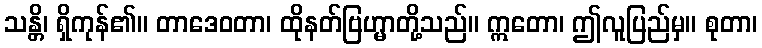
သန္တိ၊ ရှိကုန်၏။ တာဒေဝတာ၊ ထိုနတ်ဗြဟ္မာတို့သည်။ ဣတော၊ ဤလူပြည်မှ။ စုတာ၊